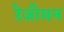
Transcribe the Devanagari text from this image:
रेजीमन